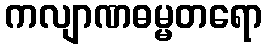
ကလျာဏဓမ္မတရော